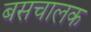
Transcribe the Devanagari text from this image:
बसचालक